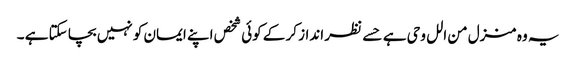
یہ وہ منزل من الل وحی ہے حسے نظر انداز کر کے کوئی شخص اپنے ایمان کو نہیں بچا سکتا ہے ۔